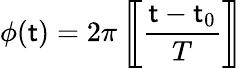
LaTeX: \phi(\mathsf{t})=2\pi\left[\! \! \left[{\frac{{\mathsf{t}-\mathsf{t}_{0}}}{{T}}}\right]\! \! \right]